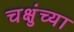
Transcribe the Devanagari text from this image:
चक्षुंच्या